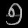
Digit: ၅